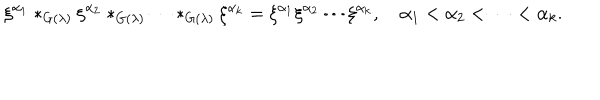
\xi ^ { \alpha _ { 1 } } * _ { G ( \lambda ) } \xi ^ { \alpha _ { 2 } } * _ { G ( \lambda ) } \cdots * _ { G ( \lambda ) } \xi ^ { \alpha _ { k } } = \xi ^ { \alpha _ { 1 } } \xi ^ { \alpha _ { 2 } } \cdots \xi ^ { \alpha _ { k } } , \quad \alpha _ { 1 } < \alpha _ { 2 } < \cdots < \alpha _ { k } .